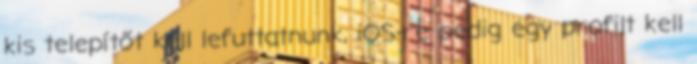
kis telepítőt kell lefuttatnunk, iOS-re pedig egy profilt kell